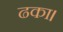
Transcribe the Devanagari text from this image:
ढका।